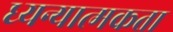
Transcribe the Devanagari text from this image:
ध्यन्यात्मकता